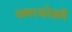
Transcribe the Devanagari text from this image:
अमरकोशमें